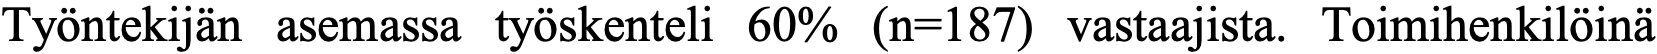
Työntekijän asemassa työskenteli 60% (n=187) vastaajista. Toimihenkilöinä